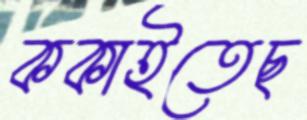
ককাইতেছ